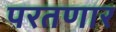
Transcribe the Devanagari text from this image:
परतणार